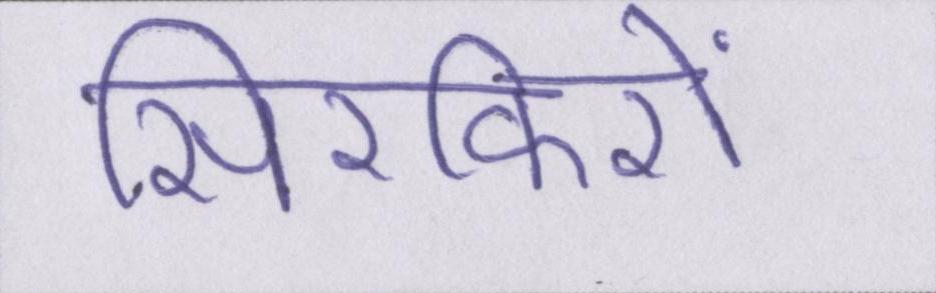
सिरफिरों